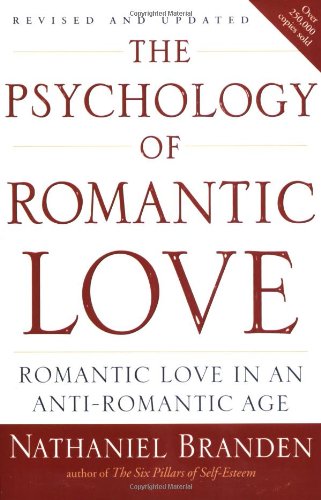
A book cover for The Psychology of Romantic Love: Romantic Love in an Anti-Romantic Age; Nathaniel Branden; Self-Help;